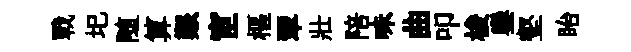
戰圯随算艱宦樞翠壯陪味曲叩梭鑾壑眙